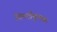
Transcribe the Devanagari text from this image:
विमर्शमूलक